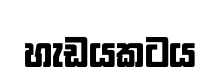
හැඩයකටය